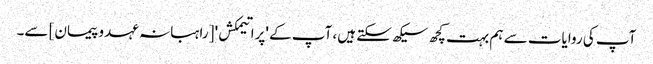
آپ کی روایات سے ہم بہت کچھ سیکھ سکتے ہیں، آپ کے 'پراتیمکش' [راہبانہ عہدو پیمان] سے۔